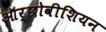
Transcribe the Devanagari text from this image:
ऑर्छोवीशियन